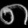
Digit: ၈